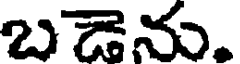
బడెను.